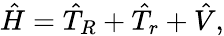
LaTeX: \hat{H}=\hat{T}_{R}+\hat{T}_{r}+\hat{V},